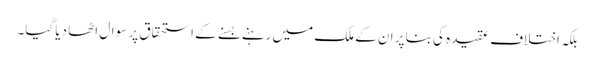
بلکہ اختلاف عقیدہ کی بنا پر ان کے ملک میں رہنے بسنے کے استحقاق پر سوال اٹھا دیا گیا۔